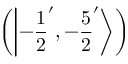
\left( \left| - { \frac { 1 } { 2 } } ^ { \prime } , - { \frac { 5 } { 2 } } ^ { \prime } \right\rangle \right)